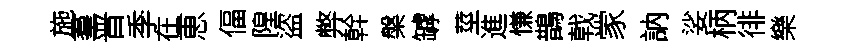
施羣晋季在恵偪隍盜弊幹槃罅莖進慊鵲戟䝉訥娑柄徘樂